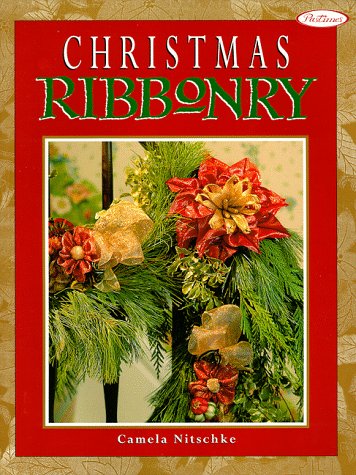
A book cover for Christmas Ribbonry; Camela Nitschke; Crafts, Hobbies & Home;